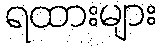
ရထားများ